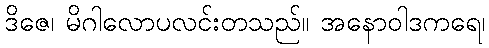
ဒိဇေ၊ မိဂါလောပလင်းတသည်။ အနောဝါဒကရေ၊